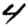
Digit: 4